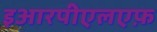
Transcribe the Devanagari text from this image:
इआरपीएलएफ़